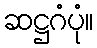
ဆဋ္ဌဂံပုံ။